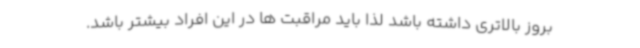
بروز بالاتری داشته باشد لذا باید مراقبت ها در این افراد بیشتر باشد.